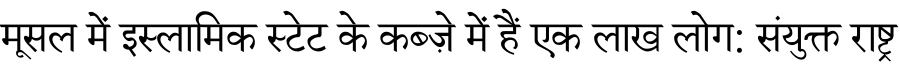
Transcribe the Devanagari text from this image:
मूसल में इस्लामिक स्टेट के कब्ज़े में हैं एक लाख लोग: संयुक्त राष्ट्र